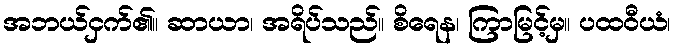
အဘယ်ငှက်၏။ ဆာယာ၊ အရိပ်သည်။ စိရေန၊ ကြာမြင့်မှ။ ပထဝီယံ၊